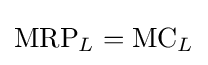
{\text{MRP}}_{L}={\text{MC}}_{L}